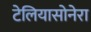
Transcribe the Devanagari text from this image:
टेलियासोनेरा